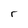
Character: r